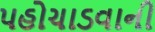
પહોચાડવાની